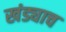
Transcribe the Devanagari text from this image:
खंड्याच